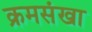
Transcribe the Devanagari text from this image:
क्रमसंखा